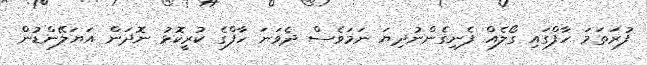
ފުރަތަމަ ހާފްގައި ގޯލެއް ފެނިގެންނުދިޔަ ނަމަވެސް ދެވަނަ ހާފްގެ ކުރީކޮޅު ނޮދަން އަޔަލޭންޑުން